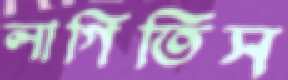
লাগিতিস